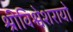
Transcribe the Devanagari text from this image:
श्रीविश्वेशरायो